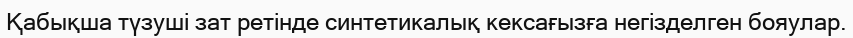
Қабықша түзуші зат ретінде синтетикалық кексағызға негізделген бояулар.